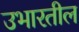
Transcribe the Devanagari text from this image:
उभारतील